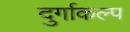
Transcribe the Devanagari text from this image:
दुर्गाकल्प